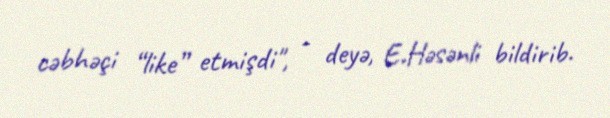
cəbhəçi “like” etmişdi", - deyə, E.Həsənli bildirib.